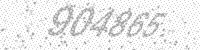
Solution: 904865